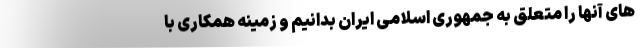
های آنها را متعلق به جمهوری اسلامی ایران بدانیم و زمینه همکاری با